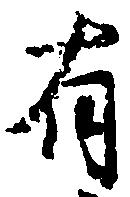
有